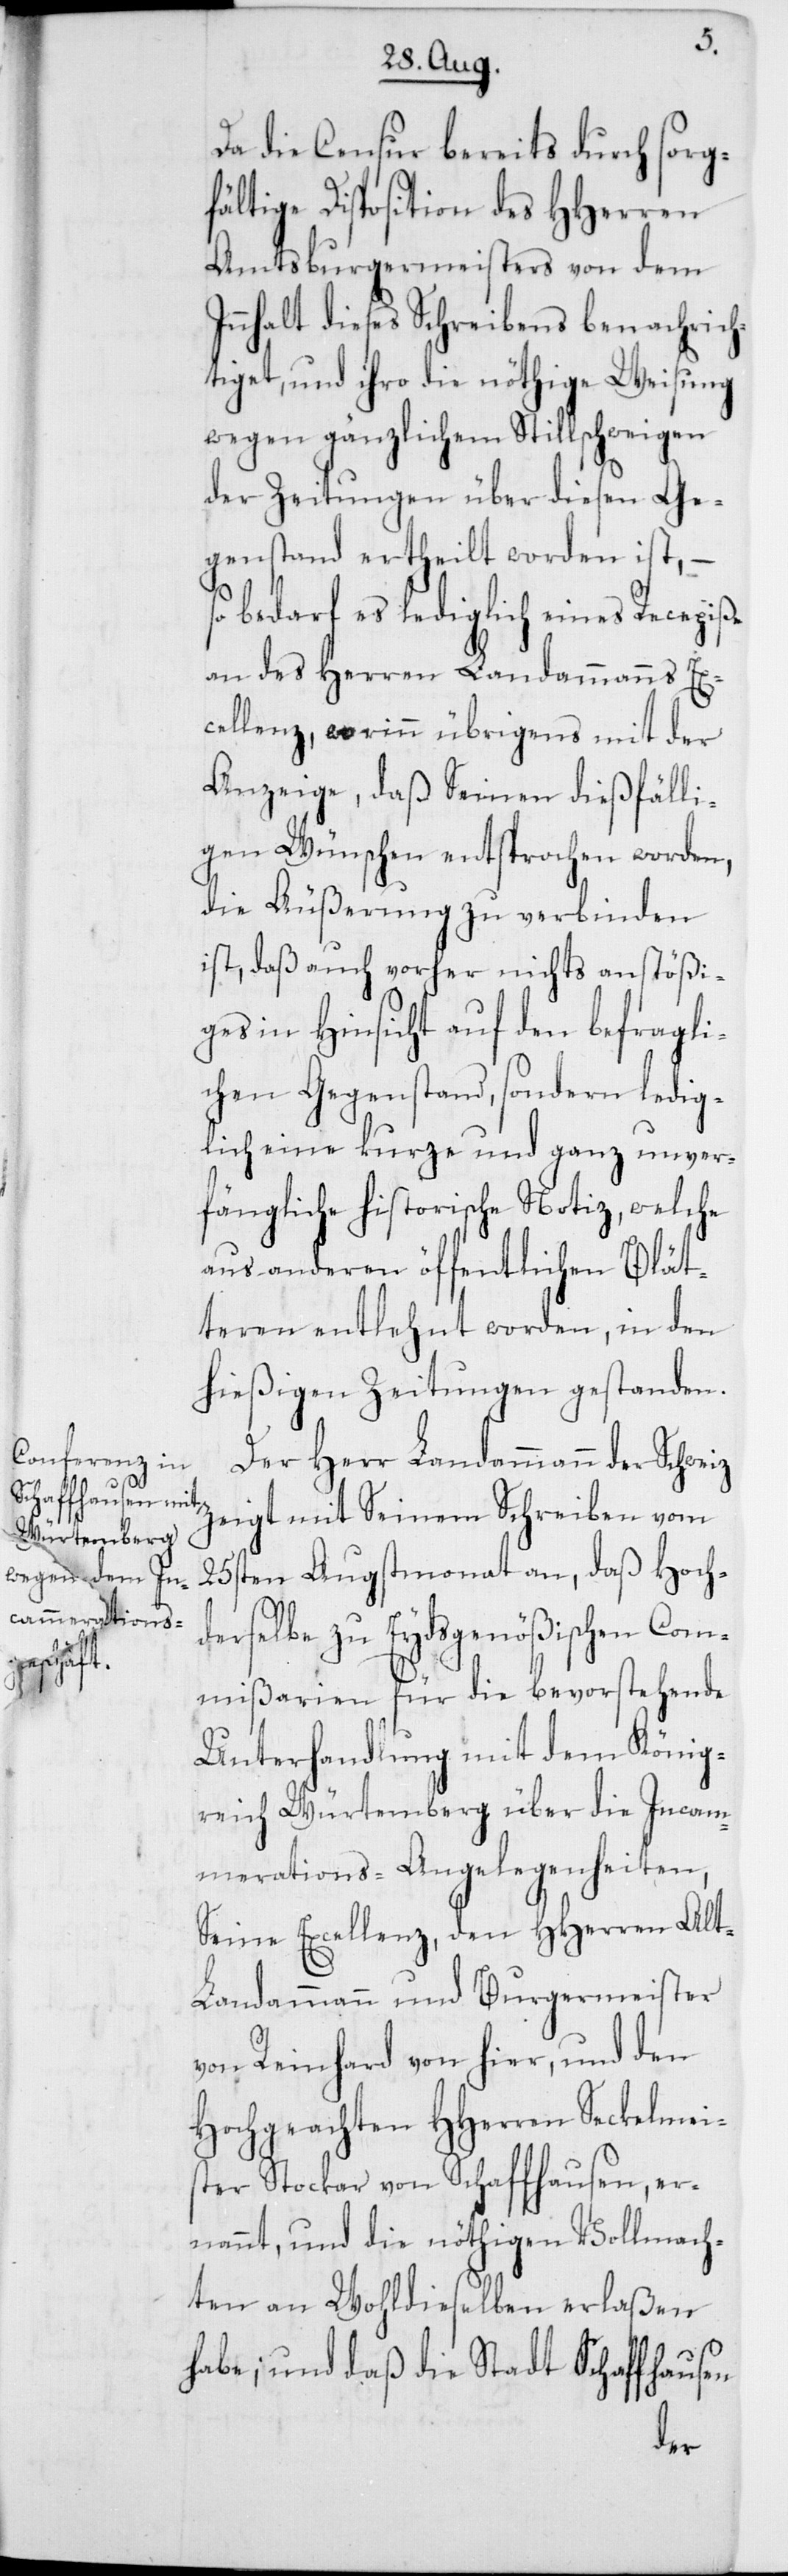
Da die Censur bereits durch sorg¬
fältige Disposition des HHerren
Amtsburgermeisters von dem
Innhalt dieses Schreibens benachrich¬
tiget, und ihro die nöthige Weisung
wegen gänzlichem Stillschweigen
der Zeitungen über diesen Ge¬
genstand ertheilt worden ist, –
so bedarf es lediglich eines Recepiße
an des Herren Landammanns Ex¬
cellenz, worinn übrigens mit der
Anzeige, daß einen dießfälli¬
gen Wünschen entsprochen worden,
die Äußerung zu verbinden
ist, daß auch vorher nichts anstößi¬
ges in Hinsicht auf den befragli¬
chen Gegenstand, sondern ledig¬
lich eine kurze und ganz unver¬
fängliche historische Notiz, welche
aus anderen öffentlichen Blät¬
teren entlehnt worden, in den
hießigen Zeitungen gestanden.
Der Herr Landammann der Schweiz
zeigt mit Seinem Schreiben vom
25sten Augstmonat an, daß Hoch¬
derselbe zu Eydsgenößischen Com¬
mißarien für die bevorstehende
Unterhandlung mit dem König¬
reich Würtemberg über die Incam¬
merations-Angelegenheiten,
Seine Excellenz, den HHerren Alt-L¬
andammann und Burgermeister
von Reinhard von hier, und den
Hochgeachten HHerren Seckelmei¬
ster Stockar von Schaffhausen, er¬
nannt, und die nöthigen Vollmach¬
ten an Wohldieselben erlaßen
habe; und daß die Stadt Schaffhausen